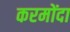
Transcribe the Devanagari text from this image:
करमोंदा